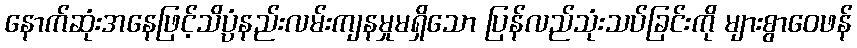
နောက်ဆုံးအနေဖြင့်သိပ္ပံနည်းလမ်းကျနမှုမရှိသော ပြန်လည်သုံးသပ်ခြင်းကို များစွာဝေဖန်